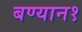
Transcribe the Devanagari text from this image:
बण्यान१